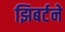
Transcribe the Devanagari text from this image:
झिबर्टने